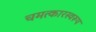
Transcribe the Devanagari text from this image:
चमत्‍कारस्‍वरूप